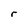
Character: r